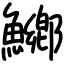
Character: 鱜